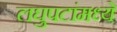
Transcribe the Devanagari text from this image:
लघुपटांमध्ये